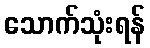
သောက်သုံးရန်